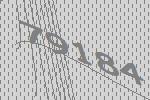
79184